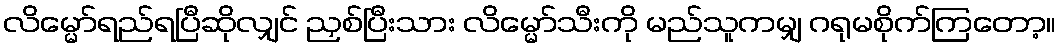
လိမ္မော်ရည်ရပြီဆိုလျှင် ညှစ်ပြီးသား လိမ္မော်သီးကို မည်သူကမျှ ဂရုမစိုက်ကြတော့။